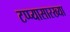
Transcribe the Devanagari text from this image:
टप्प्यासारख्या